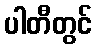
ပါတီတွင်